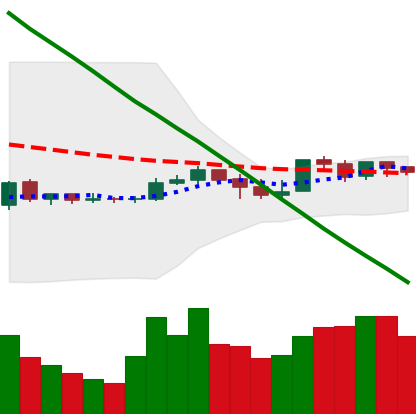
Ticker: XLM-USD
Chart end date: 2019-10-19
Forward return: -3.928%
Label: down_3_5